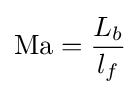
\mathrm {Ma} ={\frac {L_{b}}{l_{f}}}